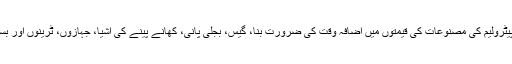
قرض حلال ہوا، ڈالر کی قدر میں اضافہ جائز ہوا، پیٹرولیم کی مصنوعات کی قیمتوں میں اضافہ وقت کی ضرورت بنا، گیس، بجلی پانی، کھانے پینے کی اشیا، جہازوں، ٹرینوں اور بسوں کے کرایوں میں اضافہ حکمت عملی قرار پائی۔